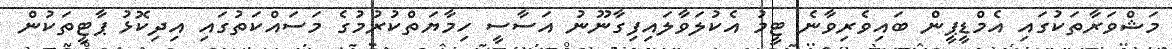
މަޝްވަރާތަކުގައި އެމްޑީޕީން ބައިވެރިވާނެ ޓީމު އެކުލަވާލައިފިގާނޫނު އަސާސީ ހިމާޔަތްކުރުމުގެ މަސައްކަތުގައި އިދިކޮޅު ޕާޓީތަކުން